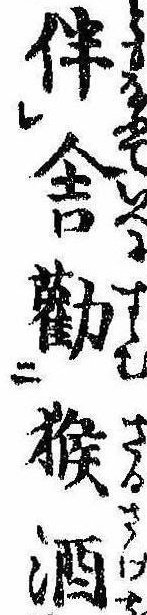
伴舎勧猴酒